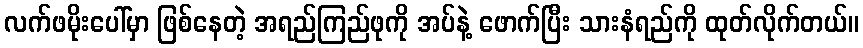
လက်ဖမိုးပေါ်မှာ ဖြစ်နေတဲ့ အရည်ကြည်ဖုကို အပ်နဲ့ ဖောက်ပြီး သားနံရည်ကို ထုတ်လိုက်တယ်။